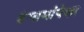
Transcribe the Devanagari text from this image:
हंगामांपेक्षा